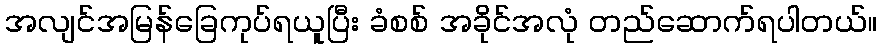
အလျင်အမြန်ခြေကုပ်ရယူပြီး ခံစစ် အခိုင်အလုံ တည်ဆောက်ရပါတယ်။